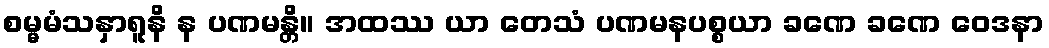
စမ္မမံသနှာရူနိ န ပဏမန္တိ။ အထဿ ယာ တေသံ ပဏမနပစ္စယာ ခဏေ ခဏေ ဝေဒနာ